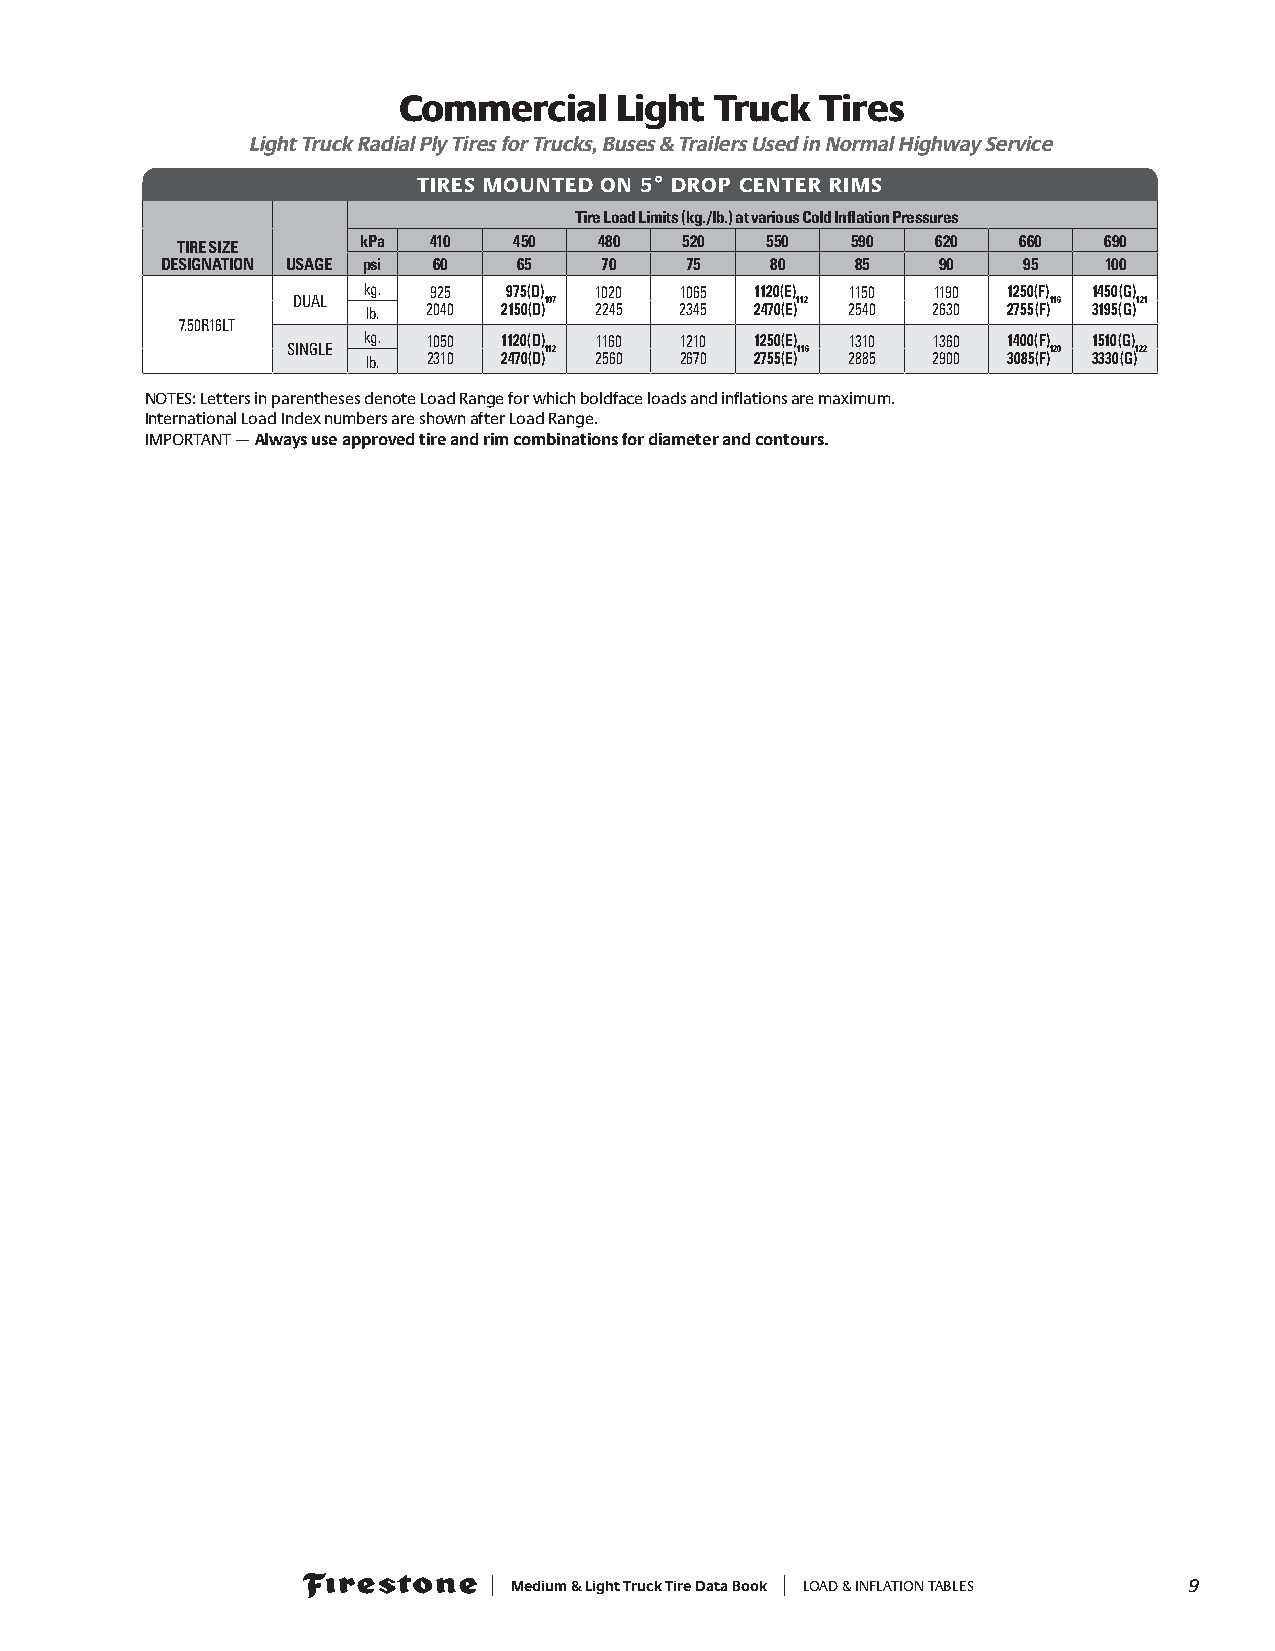
Commercial     Light Truck  Tires
 Light Truck Radial Ply Tires for Trucks, Buses & Trailers Used in Normal Highway Service
 TIRES MOUNTED ON 5° DROP CENTER RIMS
 Tire Load Limits (kg./lb.) at various Cold Inflation Pressures
 kPa 410   450   480  520   550  590   620  660   690
 TIRE SIZE
 DESIGNATION USAGE psi 60 65  70   75    80    85   90    95   100
 kg. 925   975(D) 1020 1065 1120(E) 1150 1190 1250(F) 1450(G)
 DUAL             107              112             116   121
 lb. 2040 2150(D) 2245 2345 2470(E) 2540 2630 2755(F) 3195(G)
 7.50R16LT
 kg. 1050 1120(D) 1160 1210 1250(E) 1310 1360 1400(F) 1510(G)
 SINGLE           112              116              120  122
 lb. 2310 2470(D) 2560 2670 2755(E) 2885 2900 3085(F) 3330(G)
 NOTES: Letters in parentheses denote Load Range for which boldface loads and inflations are maximum.
 International Load Index numbers are shown after Load Range.
 IMPORTANT — Always use approved tire and rim combinations for diameter and contours.
 | Medium & Light Truck Tire Data Book | LOAD & INFLATION TABLES 99